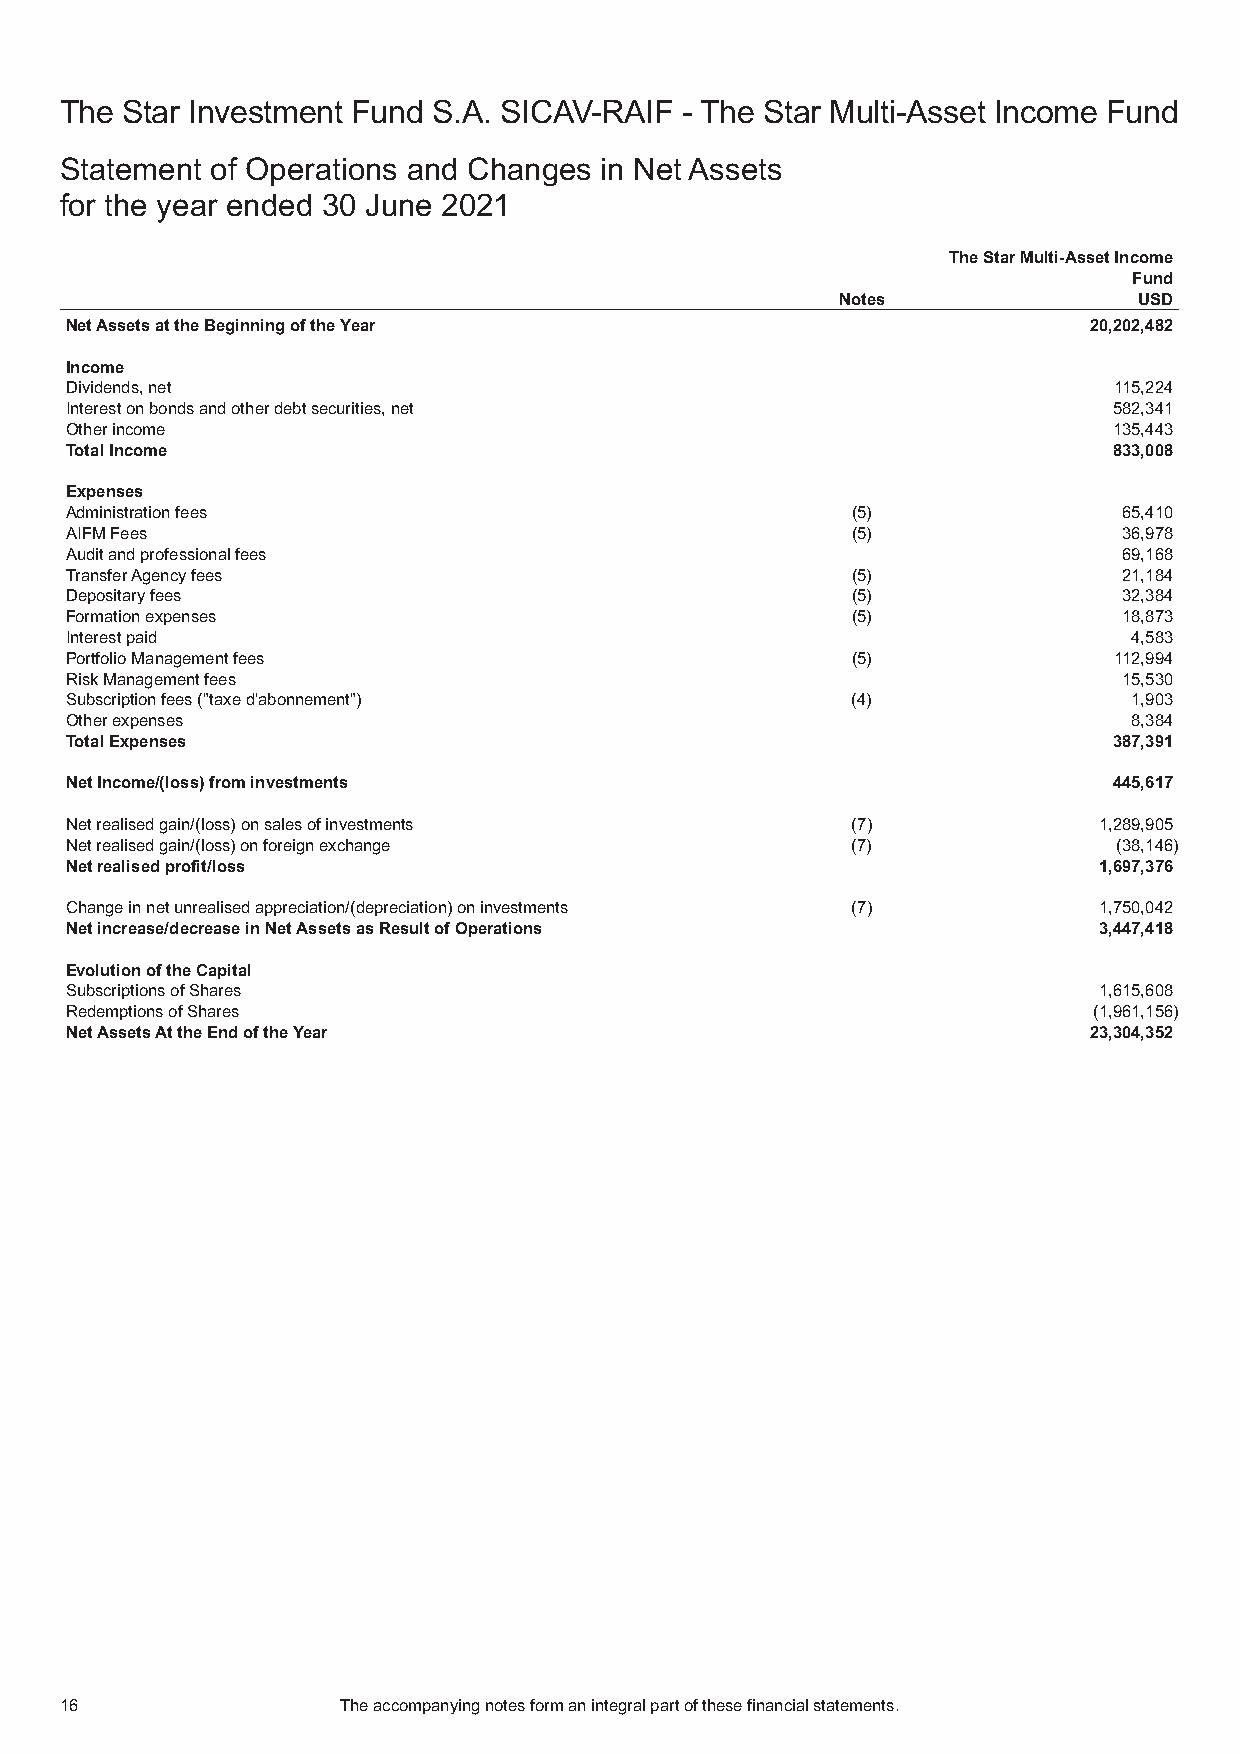
The Star Investment Fund S.A. SICAV-RAIF - The Star Multi-Asset Income Fund
 Statement of Operations and Changes in Net Assets
 for the year ended 30 June 2021
 TheStarMulti-AssetIncome
 Fund
 Notes               USD
 NetAssetsattheBeginningoftheYear                                    20,202,482
 Income
 Dividends,net                                                         115,224
 Interestonbondsandotherdebtsecurities,net                             582,341
 Otherincome                                                           135,443
 TotalIncome                                                           833,008
 Expenses
 Administrationfees                                  (5)               65,410
 AIFMFees                                            (5)               36,978
 Auditandprofessionalfees                                              69,168
 TransferAgencyfees                                  (5)               21,184
 Depositaryfees                                      (5)               32,384
 Formationexpenses                                   (5)               18,873
 Interestpaid                                                           4,583
 PortfolioManagementfees                             (5)               112,994
 RiskManagementfees                                                    15,530
 Subscriptionfees("taxed'abonnement")                (4)                1,903
 Otherexpenses                                                          8,384
 TotalExpenses                                                         387,391
 NetIncome/(loss)frominvestments                                       445,617
 Netrealisedgain/(loss)onsalesofinvestments          (7)              1,289,905
 Netrealisedgain/(loss)onforeignexchange             (7)               (38,146)
 Netrealisedprofit/loss                                               1,697,376
 Changeinnetunrealisedappreciation/(depreciation)oninvestments (7)    1,750,042
 Netincrease/decreaseinNetAssetsasResultofOperations                  3,447,418
 EvolutionoftheCapital
 SubscriptionsofShares                                                1,615,608
 RedemptionsofShares                                                 (1,961,156)
 NetAssetsAttheEndoftheYear                                          23,304,352
 16                Theaccompanyingnotesformanintegralpartofthesefinancialstatements.